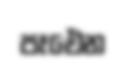
පෑඓන